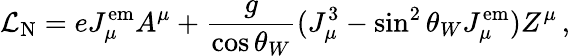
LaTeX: {\mathcal{L}}_{\mathrm{N}}=eJ_{\mu}^{\mathrm{em}}A^{\mu}+{\frac{g}{\cos\theta_{W}}}(J_{\mu}^{3}-\sin^{2}\theta_{W}J_{\mu}^{\mathrm{em}})Z^{\mu}\, ,